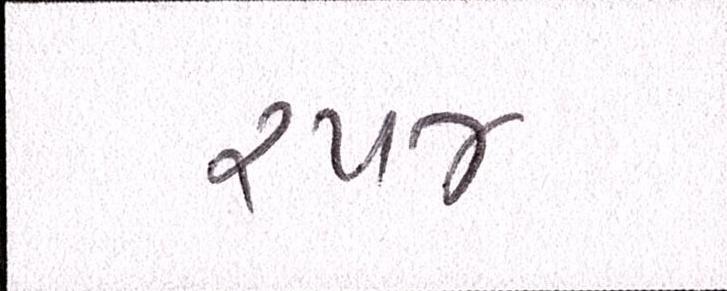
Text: ૨૫૪